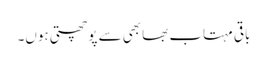
باقی مہتاب بھابھی سے پوچھتی ہوں۔